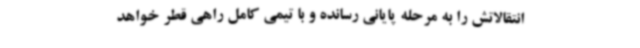
انتقالاتش را به مرحله پایانی رسانده و با تیمی کامل راهی قطر خواهد